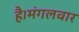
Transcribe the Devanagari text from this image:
है।मंगलवार